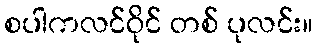
စပါကလင်ဝိုင် တစ် ပုလင်း။